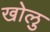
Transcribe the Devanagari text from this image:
खोलु